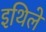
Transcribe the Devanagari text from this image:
इथिले